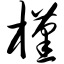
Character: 槿